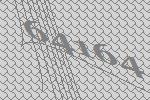
64164